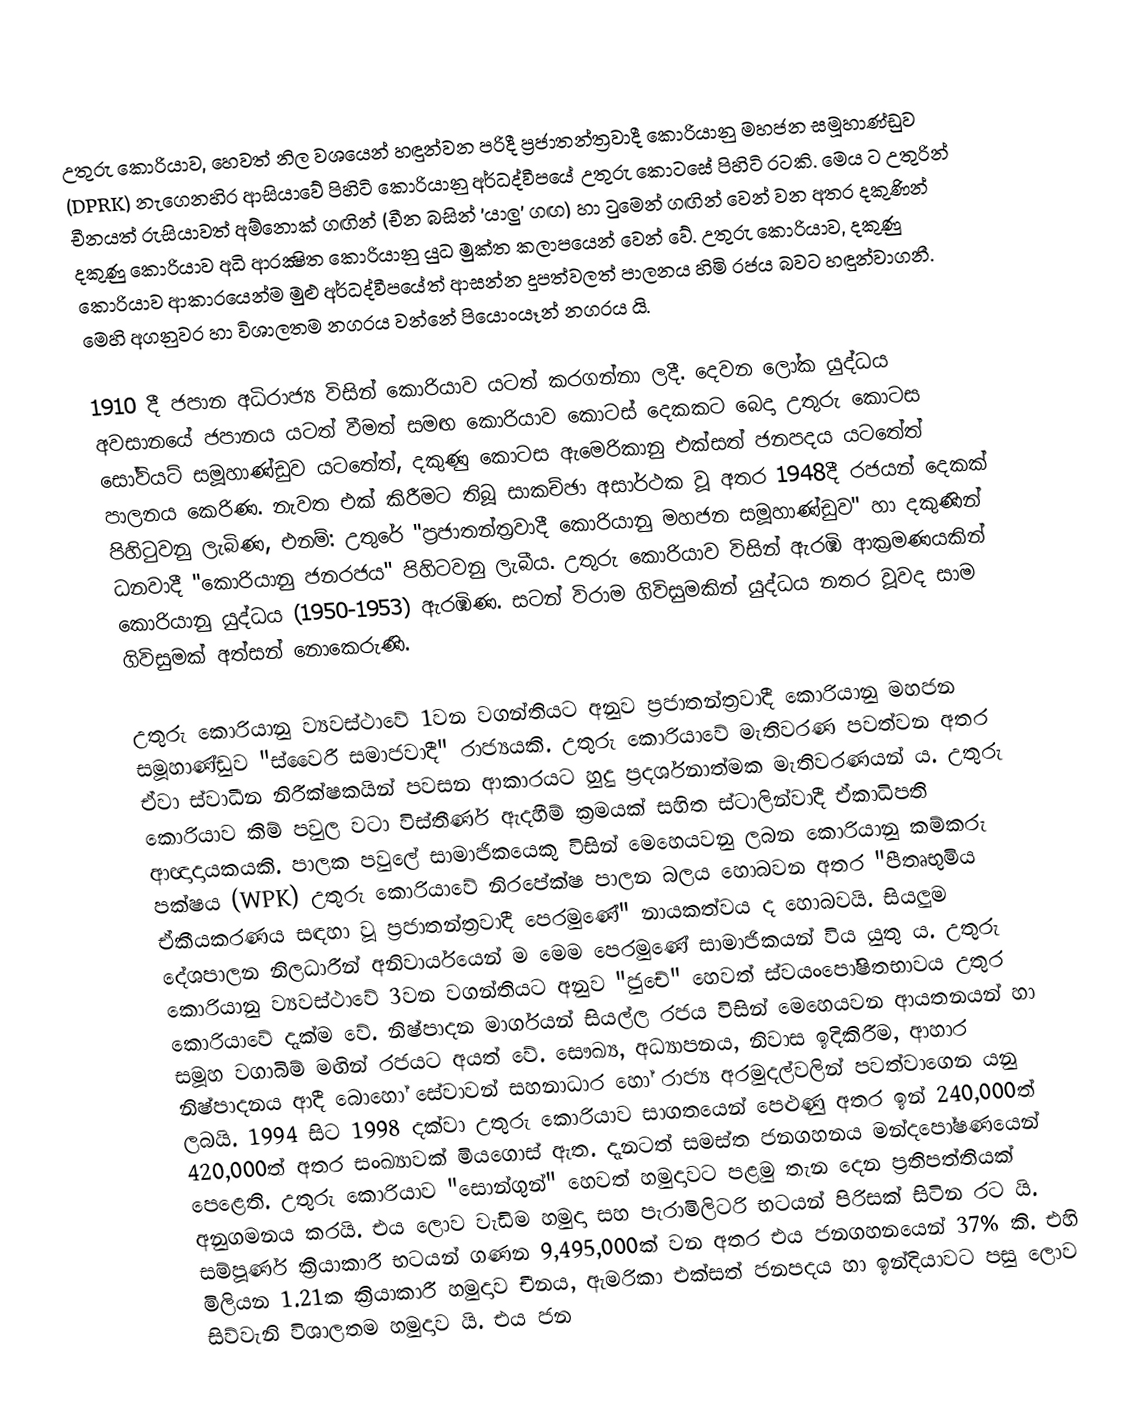
උතුරු කොරියාව, හෙවත් නිල වශයෙන් හඳුන්වන පරිදී ප්‍රජාතන්ත්‍රවාදී කොරියානු මහජන සමූහාණ්ඩුව (DPRK) නැගෙනහිර ආසියාවේ පිහිටි කොරියානු අර්ධද්වීපයේ උතුරු කොටසේ පිහිටි රටකි. මෙය ට  උතුරින් චීනයත් රුසියාවත් අම්නොක් ගඟින් (චීන බසින් 'යාලු' ගඟ) හා ටුමෙන් ගඟින් වෙන් වන අතර දකුණින් දකුණු කොරියාව අධි ආරක්‍ෂිත කොරියානු යුධ මුක්ත කලාපයෙන් වෙන් වේ. උතුරු කොරියාව, දකුණු කොරියාව ආකාරයෙන්ම මුළු අර්ධද්වීපයේත් ආසන්න දූපත්වලත් පාලනය හිමි රජය බවට හඳුන්වාගනී. මෙහි අගනුවර හා විශාලතම නගරය වන්නේ පියොංයෑන් නගරය යි.

1910 දී ජපාන අධිරාජ්‍ය විසින් කොරියාව යටත් කරගන්නා ලදී. දෙවන ලෝක යුද්ධය අවසානයේ ජපානය යටත් වීමත් සමඟ කොරියාව කොටස් දෙකකට බෙදා උතුරු කොටස සෝවියට් සමූහාණ්ඩුව යටතේත්, දකුණු කොටස ඇමෙරිකානු එක්සත් ජනපදය යටතේත් පාලනය කෙරිණ. නැවත එක් කිරීමට තිබූ සාකච්ඡා අසාර්ථක වූ අතර 1948දී රජයන් දෙකක් පිහිටුවනු ලැබිණ, එනම්: උතුරේ "ප්‍රජාතන්ත්‍රවාදී කොරියානු මහජන සමූහාණ්ඩුව" හා දකුණින් ධනවාදී "කොරියානු ජනරජය" පිහිටවනු ලැබීය. උතුරු කොරියාව විසින් ඇරඹි ආක්‍රමණයකින් කොරියානු යුද්ධය (1950-1953) ඇරඹිණ. සටන් විරාම ගිවිසුමකින් යුද්ධය නතර වූවද සාම ගිවිසුමක් අත්සන් නොකෙරුණි.

උතුරු කොරියානු ව්‍යවස්ථාවේ 1වන වගන්තියට අනුව ප්‍රජාතන්ත්‍රවාදී කොරියානු මහජන සමූහාණ්ඩුව "ස්වෛරී සමාජවාදී" රාජ්‍යයකි. උතුරු කොරියාවේ මැතිවරණ පවත්වන අතර ඒවා ස්වාධීන නිරීක්ෂකයින් පවසන ආකාරයට හුදු ප්‍රදර්ශනාත්මක මැතිවරණයන් ය. උතුරු කොරියාව කිම් පවුල වටා විස්තීර්ණ ඇදහීම් ක්‍රමයක් සහිත ස්ටාලින්වාදී ඒකාධිපති ආඥාදායකයකි. පාලක පවුලේ සාමාජිකයෙකු විසින් මෙහෙයවනු ලබන කොරියානු කම්කරු පක්ෂය (WPK) උතුරු කොරියාවේ නිරපේක්ෂ පාලන බලය හොබවන අතර "පීතෘභුමිය ඒකීයකරණය සඳහා වූ ප්‍රජාතන්ත්‍රවාදී පෙරමුණේ" නායකත්වය ද හොබවයි. සියලුම දේශපාලන නිලධාරීන් අනිවාර්යයෙන් ම මෙම පෙරමුණේ සාමාජිකයන් විය යුතු ය. උතුරු කොරියානු ව්‍යවස්ථාවේ 3වන වගන්තියට අනුව "ජුචේ" හෙවත් ස්වයංපෝෂිතභාවය උතුර කොරියාවේ දැක්ම වේ. නිෂ්පාදන මාර්ගයන් සියල්ල රජය විසින් මෙහෙයවන ආයතනයන් හා සමූහ වගාබිම් මඟින් රජයට අයත් වේ. සෞඛ්‍ය, අධ්‍යාපනය, නිවාස ඉදිකිරීම, ආහාර නිෂ්පාදනය ආදී බොහෝ සේවාවන් සහනාධාර හෝ රාජ්‍ය අරමුදල්වලින් පවත්වාගෙන යනු ලබයි. 1994 සිට 1998 දක්වා උතුරු කොරියාව සාගතයෙන් පෙළුණු අතර ඉන් 240,000ත් 420,000ත් අතර සංඛ්‍යාවක් මියගොස් ඇත. දැනටත් සමස්ත ජනගහනය මන්දපෝෂණයෙන් පෙළෙති. උතුරු කොරියාව "සොන්ගුන්" හෙවත් හමුදාවට පළමු තැන දෙන ප්‍රතිපත්තියක් අනුගමනය කරයි. එය ලොව වැඩිම හමුදා සහ පැරාමිලිටරි භටයන් පිරිසක් සිටින රට යි. සම්පූර්ණ ක්‍රියාකාරී භටයන් ගණන 9,495,000ක් වන අතර එය ජනගහනයෙන් 37% කි. එහි මිලියන 1.21ක ක්‍රියාකාරී හමුදාව චීනය, ඇමරිකා එක්සත් ජනපදය හා ඉන්දියාවට පසු ලොව සිව්වැනි විශාලතම හමුදාව යි. එය ජන